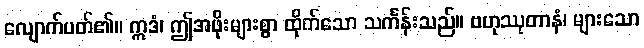
လျောက်ပတ်၏။ ဣဒံ၊ ဤအဖိုးများစွာ ထိုက်သော သင်္ကန်းသည်။ ဗဟုဿုတာနံ၊ များသော